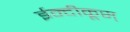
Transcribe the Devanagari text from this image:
ईन्दीकूस्